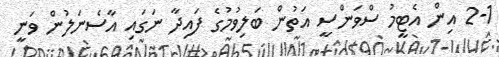
2-1 އިން އެޓީމު ސްވަންސީ އަތުން ބަލިވުމުގެ ފައިދާ ނަގައި އާސެނަލުން ވަނީ